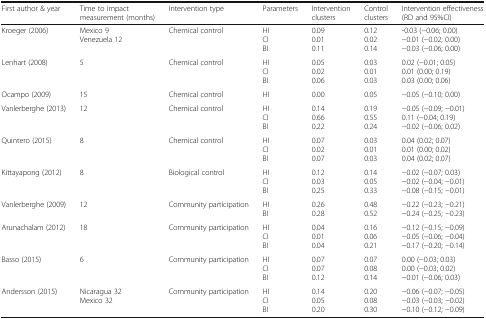
<table><thead><tr><td><b>First author &amp; year</b></td><td><b>Time to impact measurement (months)</b></td><td><b>Intervention type</b></td><td><b>Parameters</b></td><td><b>Intervention clusters</b></td><td><b>Control clusters</b></td><td><b>Intervention effectiveness (RD and 95%CI)</b></td></tr></thead><tbody><tr><td>Kroeger (2006)</td><td>Mexico 9Venezuela 12</td><td>Chemical control</td><td>HICIBI</td><td>0.090.010.11</td><td>0.120.020.14</td><td>-0.03 (−0.06; 0.00)−0.01 (−0.02; 0.00)−0.03 (−0.06; 0.00)</td></tr><tr><td>Lenhart (2008)</td><td>5</td><td>Chemical control</td><td>HICIBI</td><td>0.050.020.06</td><td>0.030.010.03</td><td>0.02 (−0.01; 0.05)0.01 (0.00; 0.19)0.03 (0.00; 0.06)</td></tr><tr><td>Ocampo (2009)</td><td>15</td><td>Chemical control</td><td>HI</td><td>0.00</td><td>0.05</td><td>−0.05 (−0.10; 0.00)</td></tr><tr><td>Vanlerberghe (2013)</td><td>12</td><td>Chemical control</td><td>HICIBI</td><td>0.140.660.22</td><td>0.190.550.24</td><td>−0.05 (−0.09; −0.01)0.11 (−0.04; 0.19)−0.02 (−0.06; 0.02)</td></tr><tr><td>Quintero (2015)</td><td>8</td><td>Chemical control</td><td>HICIBI</td><td>0.070.020.07</td><td>0.030.010.03</td><td>0.04 (0.02; 0.07)0.01 (0.00; 0.02)0.04 (0.02; 0.07)</td></tr><tr><td>Kittayapong (2012)</td><td>8</td><td>Biological control</td><td>HICIBI</td><td>0.120.030.25</td><td>0.140.050.33</td><td>−0.02 (−0.07; 0.03)−0.02 (−0.04; −0.01)−0.08 (−0.15; −0.01)</td></tr><tr><td>Vanlerberghe (2009)</td><td>12</td><td>Community participation</td><td>HIBI</td><td>0.260.28</td><td>0.480.52</td><td>−0.22 (−0.23; −0.21)−0.24 (−0.25; −0.23)</td></tr><tr><td>Arunachalam (2012)</td><td>18</td><td>Community participation</td><td>HICIBI</td><td>0.040.010.04</td><td>0.160.060.21</td><td>−0.12 (−0.15; −0.09)−0.05 (−0.06; −0.04)−0.17 (−0.20; −0.14)</td></tr><tr><td>Basso (2015)</td><td>6</td><td>Community participation</td><td>HICIBI</td><td>0.070.070.12</td><td>0.070.080.14</td><td>0.00 (−0.03; 0.03)0.00 (−0.03; 0.02)−0.01 (−0.06; 0.03)</td></tr><tr><td>Andersson (2015)</td><td>Nicaragua 32Mexico 32</td><td>Community participation</td><td>HICIBI</td><td>0.140.050.20</td><td>0.200.080.30</td><td>−0.06 (−0.07; −0.05)−0.03 (−0.03; −0.02)−0.10 (−0.12; −0.09)</td></tr></tbody></table>